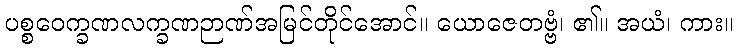
ပစ္စဝေက္ခဏလက္ခဏဉာဏ်အမြင်တိုင်အောင်။ ယောဇေတဗ္ဗံ၊ ၏။ အယံ၊ ကား။